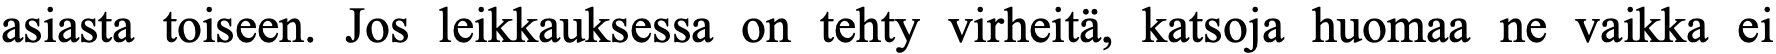
asiasta toiseen. Jos leikkauksessa on tehty virheitä, katsoja huomaa ne vaikka ei